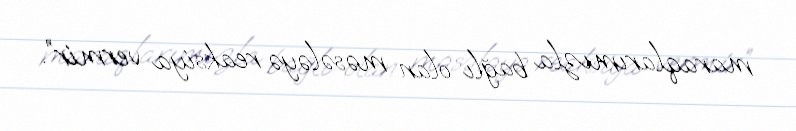
maraqlarımızla bağlı olan məsələyə reaksiya vermir”.